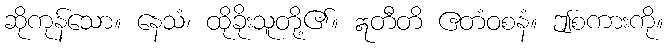
ဆိုကုန်သော။ နေသံ၊ ထိုခိုးသူတို့၏။ ဣတီတိ ဧတံဝစနံ။ ဤစကားကို။